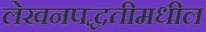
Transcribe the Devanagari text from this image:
लेखनपद्धतीमधील